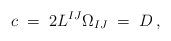
LaTeX: \begin{align*}c \;=\; 2 L^{IJ} \Omega_{IJ} \;=\; D \, , \end{align*}